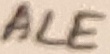
Text: ALE